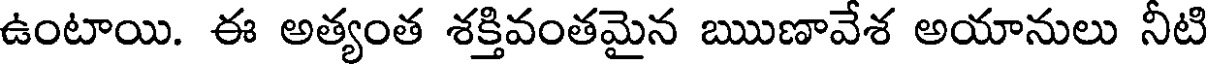
ఉంటాయి. ఈ అత్యంత శక్తివంతమైన ఋణావేశ అయానులు నీటి